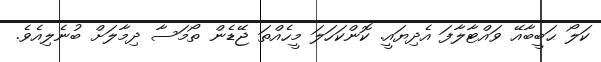
ކަލޯ ޙަބީބާއޭ ވައްޓާލާފަ އެދިޔައީ. ކޮންކަހަލަ މީހެއްތަ ޖޭޑެން ތޯމަސާ ދިމާލަށް ބުނެލިއެވެ.